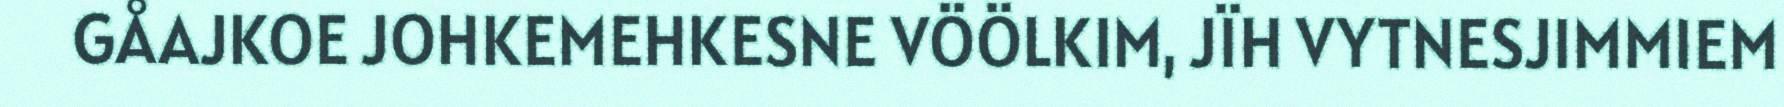
GÅAJKOE JOHKEMEHKESNE VÖÖLKIM, JÏH VYTNESJIMMIEM